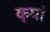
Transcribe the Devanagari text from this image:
क्यां